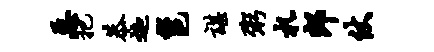
恶把恭迦邕谌粥札郎仗